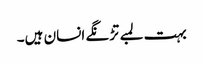
بہت لمبے تڑنگے انسان ہیں۔